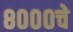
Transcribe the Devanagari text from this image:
८०००चे